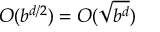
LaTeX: O ( b ^ { d / 2 } ) = O ( { \sqrt { b ^ { d } } } )